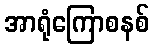
အာရုံကြောစနစ်